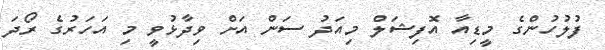
ފުލުހުންގެ މީޑިއާ އޮފިޝަލް މިއަދު ސަން އަށް ވިދާޅުވީ މި އަހަރުގެ ރޯދަ